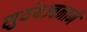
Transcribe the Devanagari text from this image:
सुर्ययज्वनाने